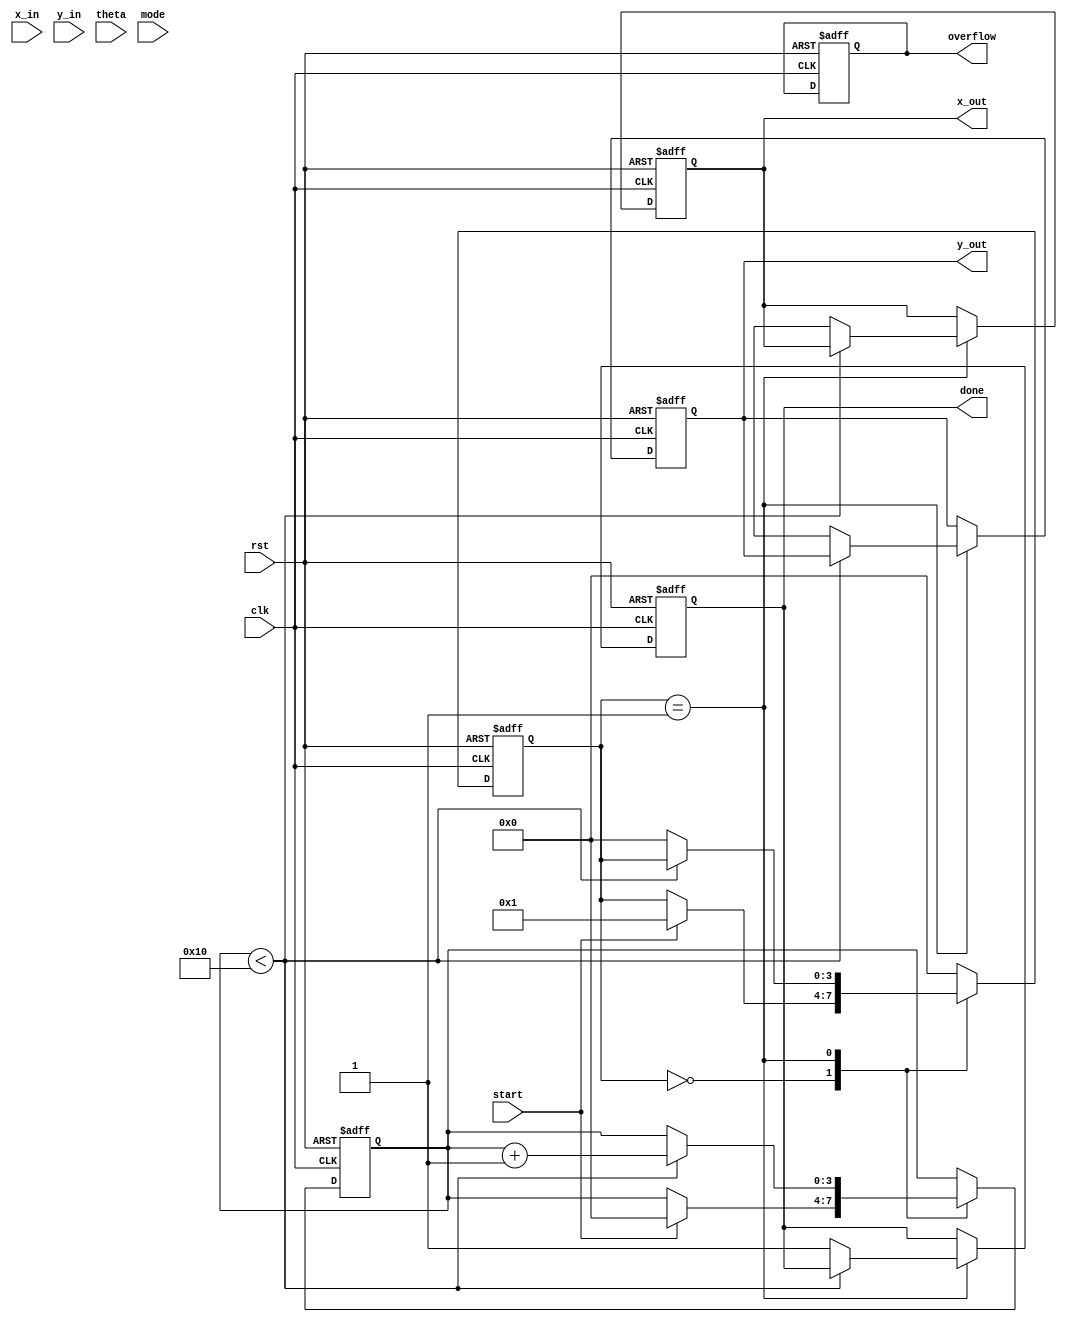
module CORDIC (
    input wire clk,
    input wire rst,
    input wire [15:0] x_in,        // Input X
    input wire [15:0] y_in,        // Input Y
    input wire [15:0] theta,       // Input angle in radians
    input wire [1:0] mode,         // Operation mode: 00 = Rotation, 01 = Vectoring, 10 = Multiplication, 11 = Division
    input wire start,              // Start signal
    output reg [15:0] x_out,       // Output X
    output reg [15:0] y_out,       // Output Y
    output reg done,               // Operation done signal
    output reg overflow            // Overflow signal
);

    // CORDIC parameters
    parameter NUM_ITERATIONS = 16; // Number of iterations
    reg [15:0] x [0:NUM_ITERATIONS-1]; // X values for each iteration
    reg [15:0] y [0:NUM_ITERATIONS-1]; // Y values for each iteration
    reg [15:0] z [0:NUM_ITERATIONS-1]; // Angle values for each iteration
    reg [3:0] state; // FSM state
    reg [3:0] iteration; // Current iteration count

    // Lookup table for arctangent values (scaled)
    reg [15:0] atan_table [0:NUM_ITERATIONS-1];
    
    // Initialization of atan_table
    initial begin
        atan_table[0] = 16'h2000; // atan(1) = /4 in fixed-point
        atan_table[1] = 16'h1000; // atan(0.5) = /6 in fixed-point
        atan_table[2] = 16'h0800; // atan(0.25) = /12 in fixed-point
        // Fill the rest of the table...
    end

    // State machine for CORDIC operation
    always @(posedge clk or posedge rst) begin
        if (rst) begin
            state <= 0;
            iteration <= 0;
            done <= 0;
            overflow <= 0;
            x_out <= 0;
            y_out <= 0;
        end else begin
            case (state)
                0: begin // Idle state
                    if (start) begin
                        x[0] <= x_in;
                        y[0] <= y_in;
                        z[0] <= theta;
                        iteration <= 0;
                        state <= 1; // Move to next state
                    end
                end
                1: begin // CORDIC iterations
                    if (iteration < NUM_ITERATIONS) begin
                        // CORDIC rotation or vectoring logic
                        if (z[iteration][15] == 1) begin // If angle is negative
                            x[iteration + 1] <= x[iteration] + (y[iteration] >> iteration);
                            y[iteration + 1] <= y[iteration] - (x[iteration] >> iteration);
                            z[iteration + 1] <= z[iteration] + atan_table[iteration];
                        end else begin
                            x[iteration + 1] <= x[iteration] - (y[iteration] >> iteration);
                            y[iteration + 1] <= y[iteration] + (x[iteration] >> iteration);
                            z[iteration + 1] <= z[iteration] - atan_table[iteration];
                        end
                        iteration <= iteration + 1;
                    end else begin
                        // Final output
                        x_out <= x[NUM_ITERATIONS];
                        y_out <= y[NUM_ITERATIONS];
                        done <= 1; // Indicate operation is done
                        state <= 0; // Go back to idle
                    end
                end
                default: state <= 0; // Reset to idle
            endcase
        end
    end

endmodule